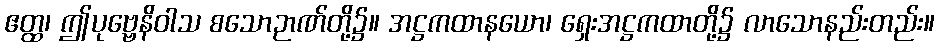
ဧတ္ထ၊ ဤပုဗ္ဗေနိဝါသ စသောဉာဏ်တို့၌။ အဋ္ဌကထာနယော၊ ရှေးအဋ္ဌကထာတို့၌ လာသောနည်းတည်း။